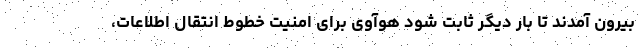
بیرون آمدند تا بار دیگر ثابت شود هوآوی برای امنیت خطوط انتقال اطلاعات،